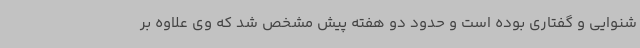
شنوایی و گفتاری بوده است و حدود دو هفته پیش مشخص شد که وی علاوه بر